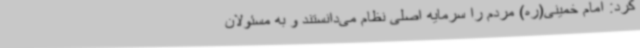
کرد: امام خمینی(ره) مردم را سرمایه اصلی نظام می‌دانستند و به مسئولان